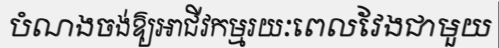
បំណងចង់ឱ្យអាជីវកម្មរយៈពេលវែងជាមួយ